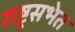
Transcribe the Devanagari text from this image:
राष्ट्रसभेत